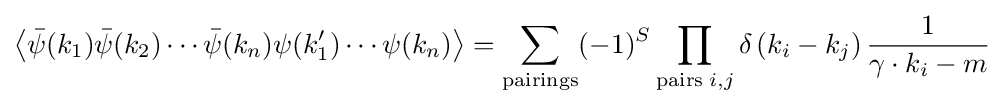
\left\langle {\bar {\psi }}(k_{1}){\bar {\psi }}(k_{2})\cdots {\bar {\psi }}(k_{n})\psi (k'_{1})\cdots \psi (k_{n})\right\rangle =\sum _{\mathrm {pairings} }(-1)^{S}\prod _{\mathrm {pairs} \;i,j}\delta \left(k_{i}-k_{j}\right){\frac {1}{\gamma \cdot k_{i}-m}}